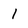
Character: l